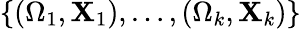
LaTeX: \{ (\Omega_{1},\mathbf{X}_{1}),\ldots,(\Omega_{k},\mathbf{X}_{k})\}